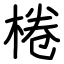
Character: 棬